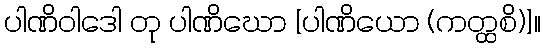
ပါဏိဝါဒေါ တု ပါဏိဃော [ပါဏိယော (ကတ္ထစိ)]။